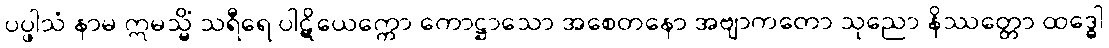
ပပ္ဖါသံ နာမ ဣမသ္မိံ သရီရေ ပါဋိယေက္ကော ကောဋ္ဌာသော အစေတနော အဗျာကတော သုညော နိဿတ္တော ထဒ္ဓေါ